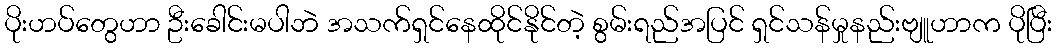
ပိုးဟပ်တွေဟာ ဦးခေါင်းမပါဘဲ အသက်ရှင်နေထိုင်နိုင်တဲ့ စွမ်းရည်အပြင် ရှင်သန်မှုနည်းဗျူဟာက ပိုပြီး